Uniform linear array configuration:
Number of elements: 16
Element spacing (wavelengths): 1
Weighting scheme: cosine
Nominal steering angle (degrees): -45
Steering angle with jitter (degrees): -43.963
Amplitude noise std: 0.05
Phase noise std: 0.05

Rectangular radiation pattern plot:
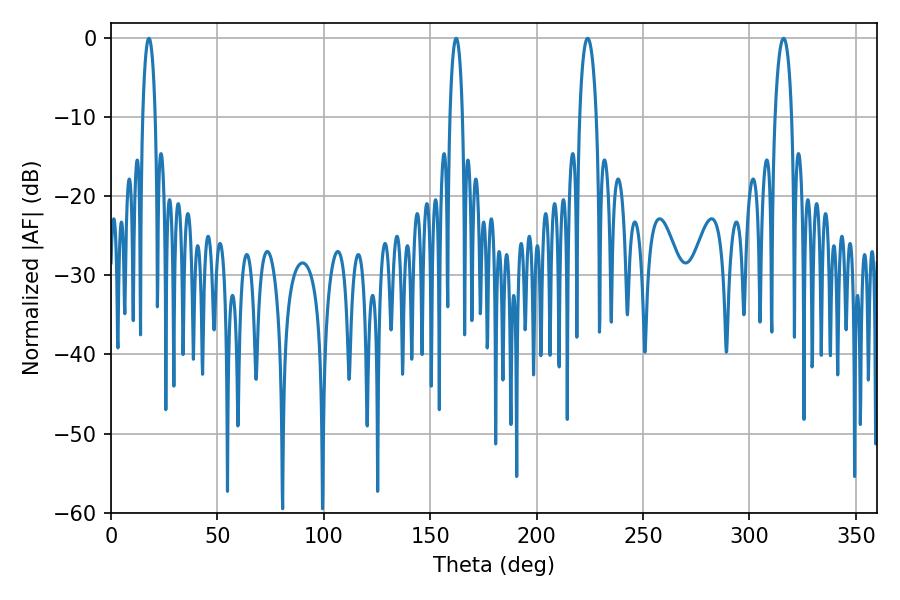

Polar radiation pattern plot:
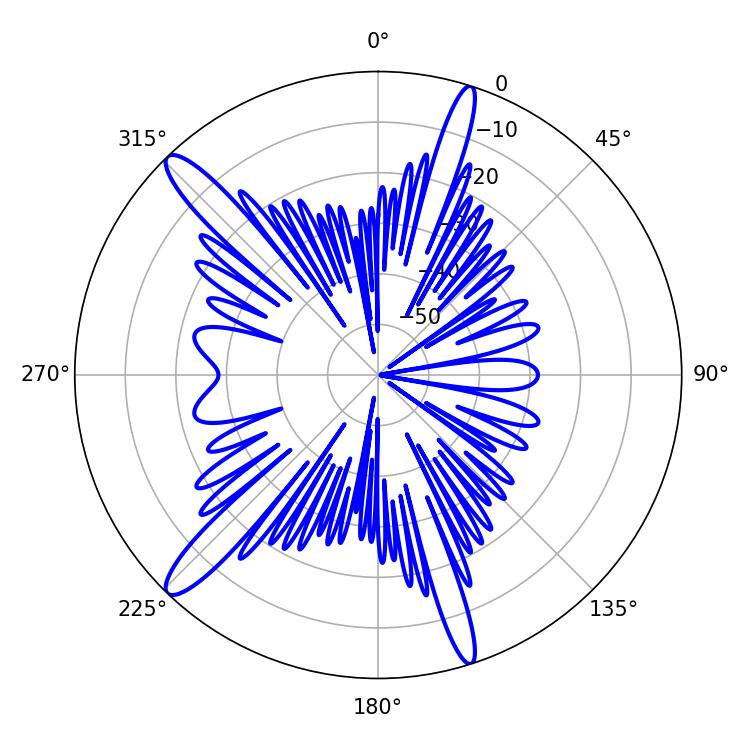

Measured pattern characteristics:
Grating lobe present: TRUE
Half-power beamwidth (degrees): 3.24
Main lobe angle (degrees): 17.82